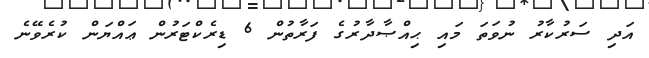
އަދި ސަރުކާރު ނުވަތަ މައި ޙިއްޞާދާރުގެ ފަރާތުން 6 ޑިރެކްޓަރުން ޢައްޔަން ކުރެވޭނެ